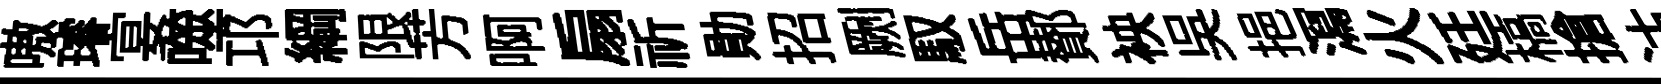
嗷璿宴噬邛綱限芳啊扇祈勛招劂馭岳鄼䘧呉挹㵼火廷槁搶沽